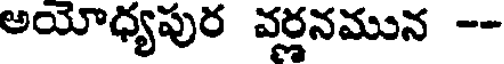
అయోధ్యపుర వర్ణనమున --